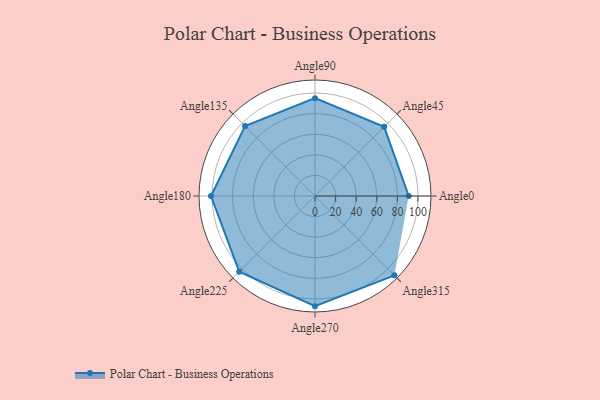
{"axis": {"x": "Angle", "y": "Radius"}, "legend": [""], "data": [{"x": "Angle0", "y": 91.0, "type": ""}, {"x": "Angle45", "y": 95.0, "type": ""}, {"x": "Angle90", "y": 95.0, "type": ""}, {"x": "Angle135", "y": 96.0, "type": ""}, {"x": "Angle180", "y": 101.0, "type": ""}, {"x": "Angle225", "y": 104.0, "type": ""}, {"x": "Angle270", "y": 107.0, "type": ""}, {"x": "Angle315", "y": 109.0, "type": ""}]}